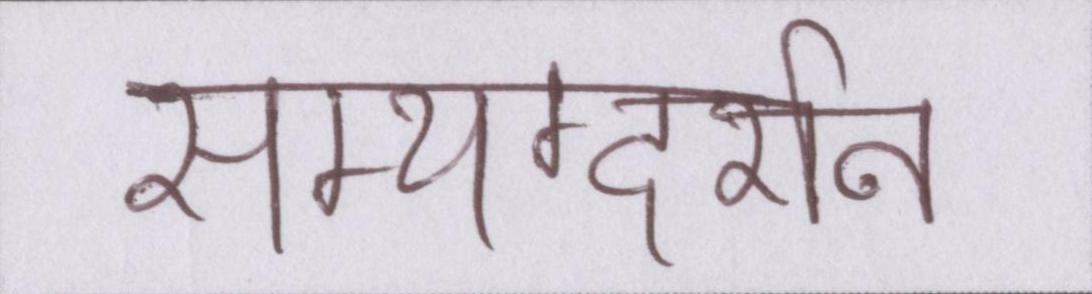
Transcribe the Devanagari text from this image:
सम्यग्दर्शन